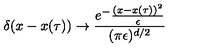
\delta ( x - x ( \tau ) ) \rightarrow { \frac { e ^ { - } { \frac { ( x - x ( \tau ) ) ^ { 2 } } { \epsilon } } } { ( \pi \epsilon ) ^ { d / 2 } } }